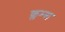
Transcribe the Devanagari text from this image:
क्लम्स